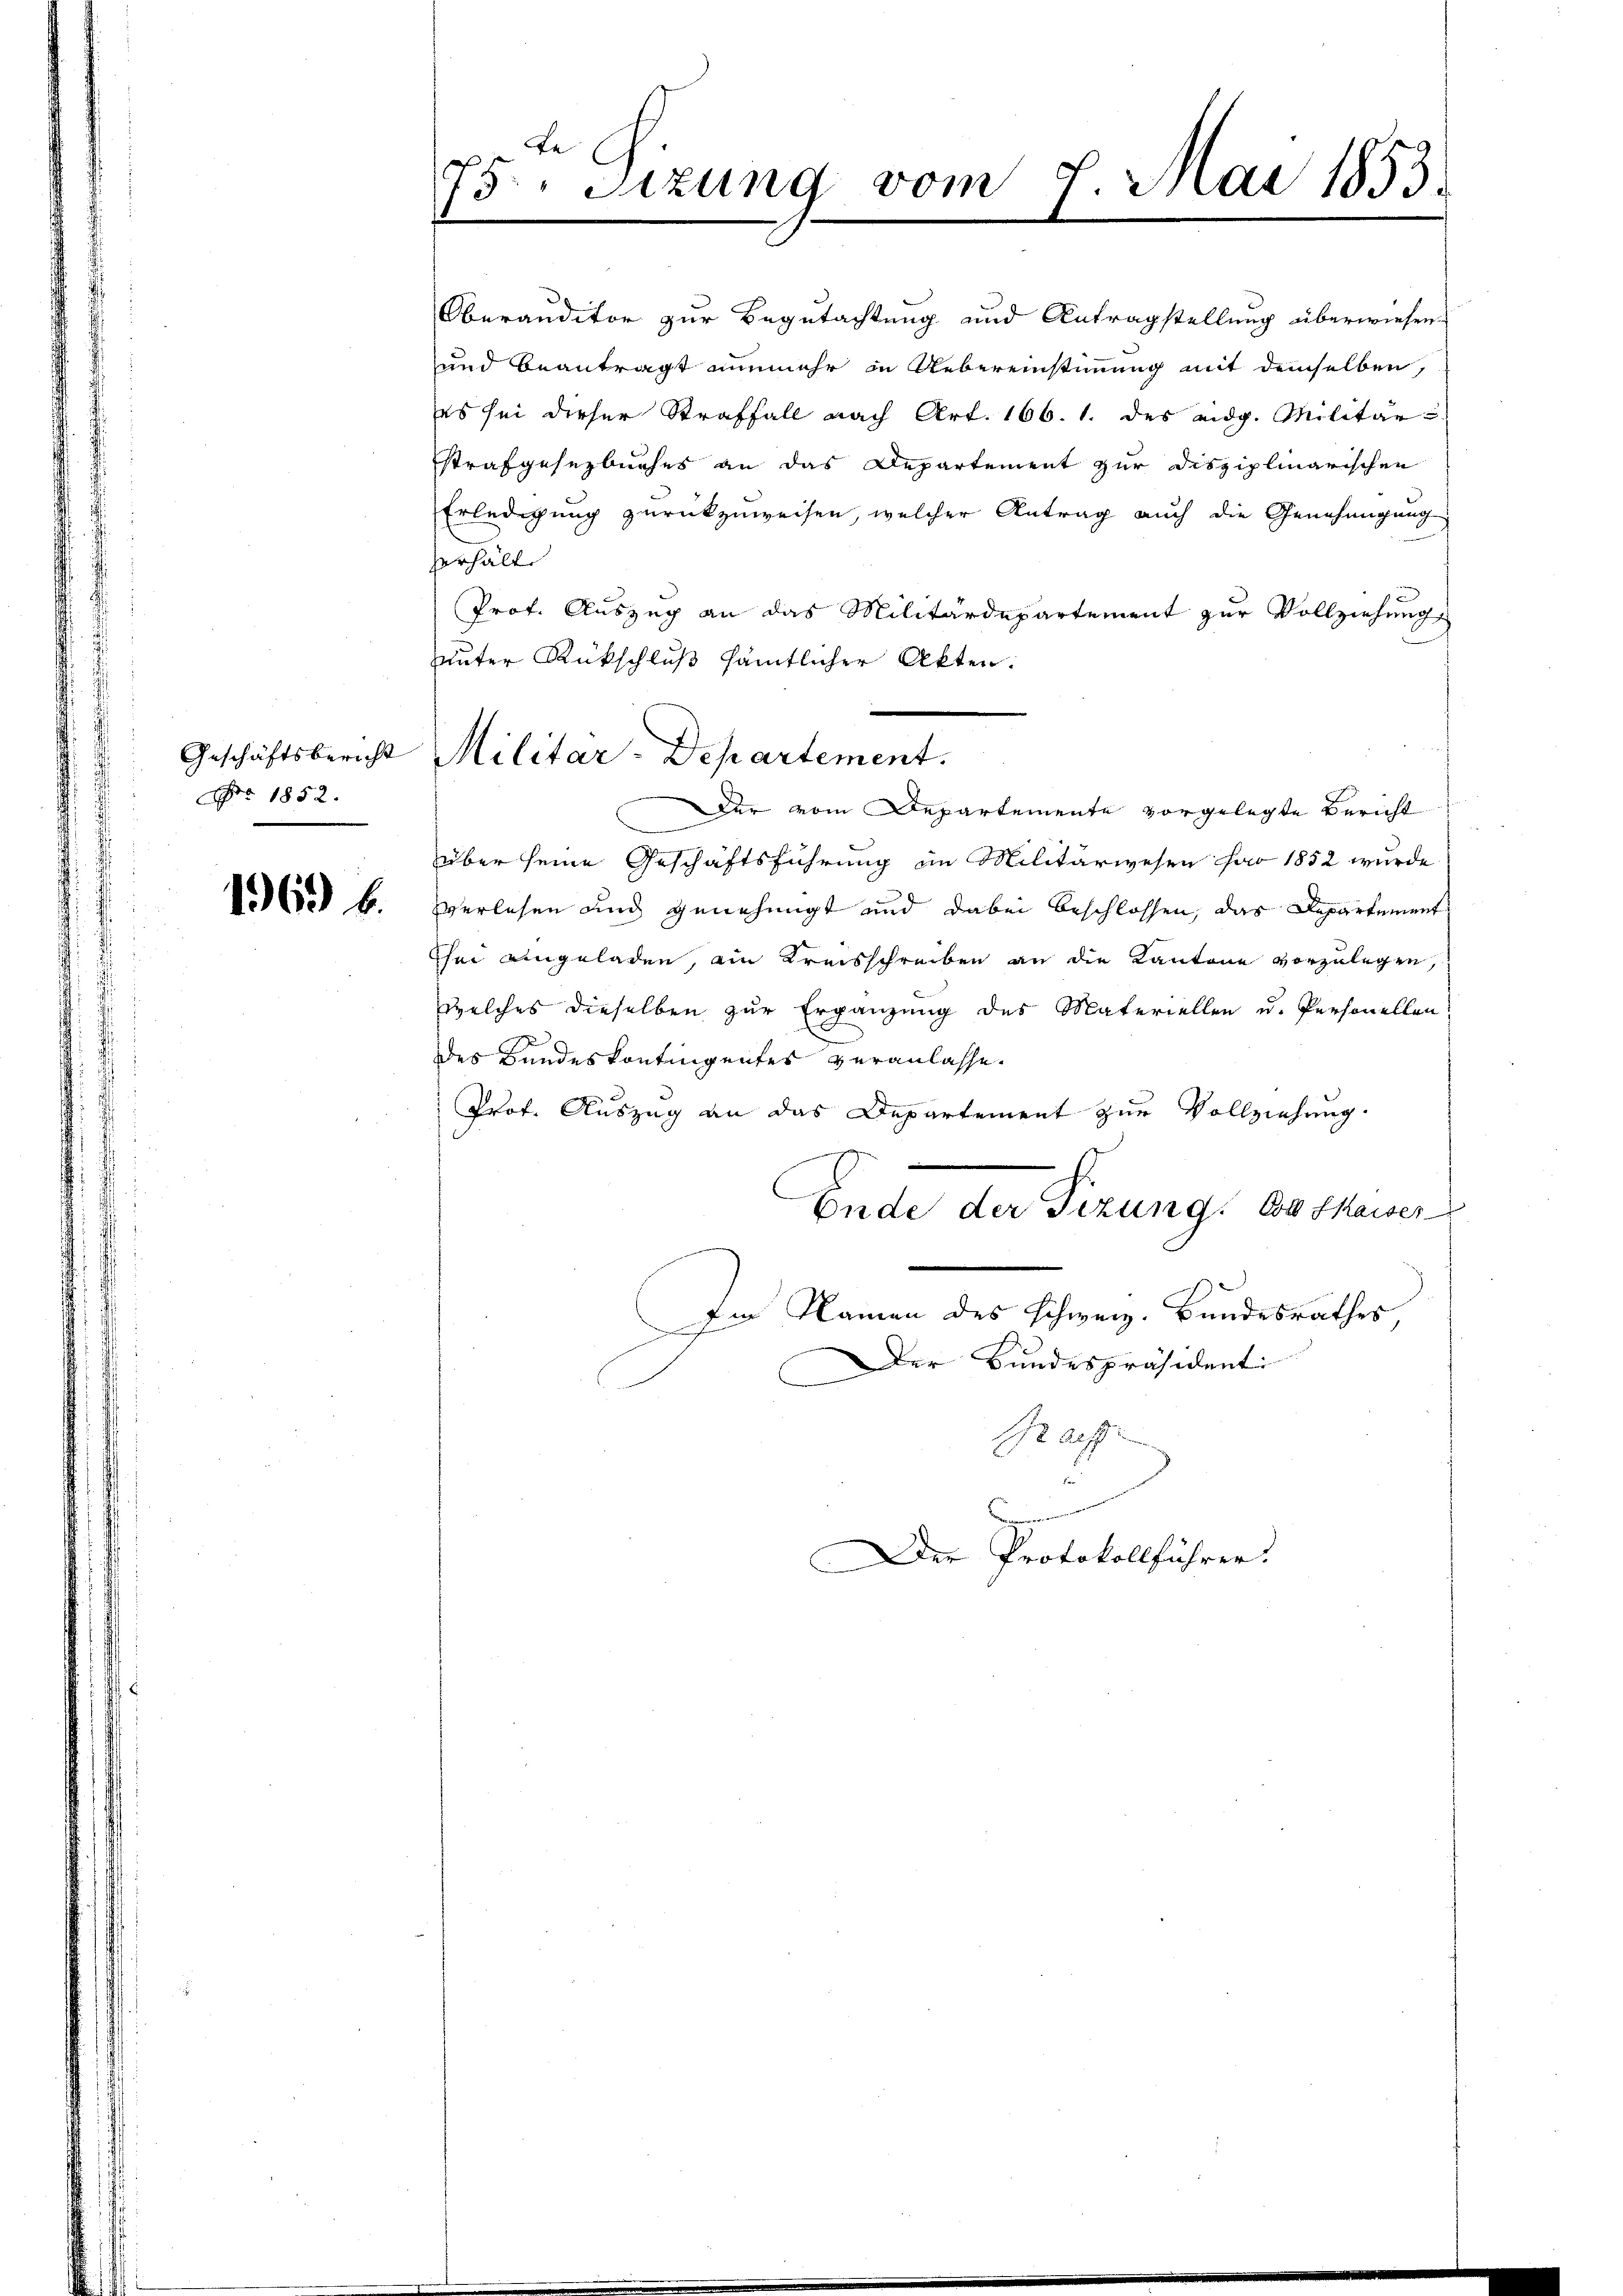
Geschäftsbericht
No 1852.

1963 b.

75. Sizung vom 7. Mai 1853.

Militar-Departement.

Oberanditor zur Begutachtung und Antragstellung überwiesen.
und beantragt nunmehr in Uebereinstimmung mit demselben,
es sei dieser Straffall nach Art. 166. 1. des eidg. Militär
strafgesezbuches an das Departement zur Disziplinarischen
Erledigung zurückzuweisen, welcher Antrag auch die Genehmigung
erhält
Prof. Auszug an das Militärdepartement zur Vollziehung
unter Rückschluß sämtlicher Akten.
Der vom Departemente vorgelegte Bericht
über seine Geschäftsführung im Militärwesen far 1852 wurde
Verlesen und genehmigt und dabei beschlossen, das Departement
The eingeladen, ein Kreisschreiben an die Kantone vorzulegen
welches dieselben zur Ergänzung des Materiellen u. Personellen
des Bundeskontingentes veranlasse.
Prof. Auszug an das Departement zur Vollziehung.
Ende der Fizung. Es kaiser
Im Namen des Schweiz. Bundesrathes,
Der Bundespräsidenti
Bea
Der Protokollführer.